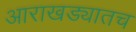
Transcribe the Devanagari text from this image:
आराखड्यातच